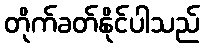
တိုက်ခတ်နိုင်ပါသည်